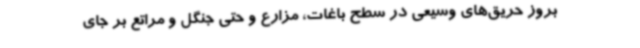
بروز حریق‌های وسیعی در سطح باغات، مزارع و حتی جنگل و مراتع بر جای